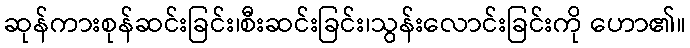
ဆုန်ကားစုန်ဆင်းခြင်း၊စီးဆင်းခြင်း၊သွန်းလောင်းခြင်းကို ဟော၏။